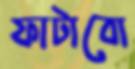
ফাটাবো